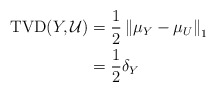
\begin{align*}\mathrm{TVD}(Y, \mathcal{U})& = \frac{1}{2} \left\| \mu_Y - \mu_U \right\|_1\\& = \frac{1}{2} \delta_Y\end{align*}